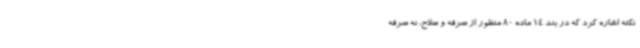
نکته اشاره کرد که در بند 14 ماده 80 منظور از صرفه و صلاح، نه صرفه